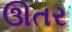
ઊતર